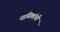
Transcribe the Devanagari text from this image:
नायिकांची